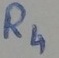
Text: R4